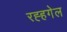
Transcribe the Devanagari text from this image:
रह्हगेल